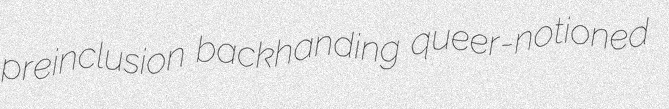
preinclusion backhanding queer-notioned